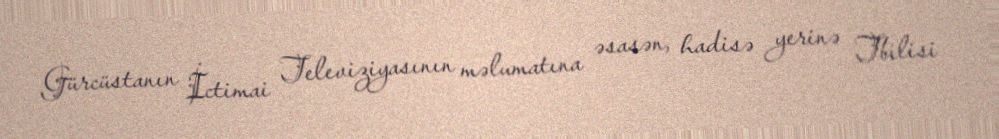
Gürcüstanın İctimai Televiziyasının məlumatına əsasən, hadisə yerinə Tbilisi